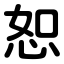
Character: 恕